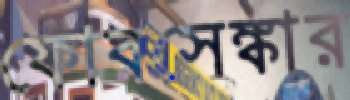
ফোরসেঙ্কার